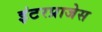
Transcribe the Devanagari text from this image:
इंटरप्राजेस